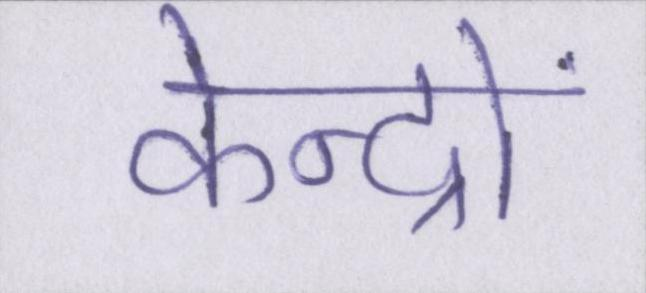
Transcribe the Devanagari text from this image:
केन्द्रों